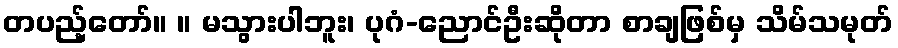
တပည့်တော်။ ။ မသွားပါဘူး၊ ပုဂံ-ညောင်ဦးဆိုတာ စာချဖြစ်မှ သိမ်သမုတ်